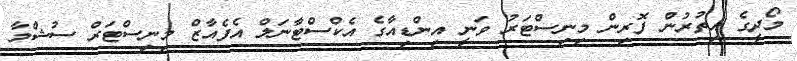
މޯދީގެ އިތުރުން ފޮރިން މިނިސްޓަރު ވަނީ އިންޑިއާގެ އެކްސްޓާނަލް އެފެއާޒް މިނިސްޓަރް ސުޝްމާ